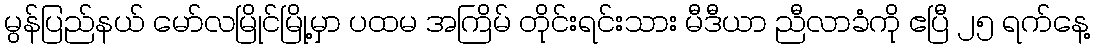
မွန်ပြည်နယ် မော်လမြိုင်မြို့မှာ ပထမ အကြိမ် တိုင်းရင်းသား မီဒီယာ ညီလာခံကို ဧပြီ ၂၅ ရက်နေ့